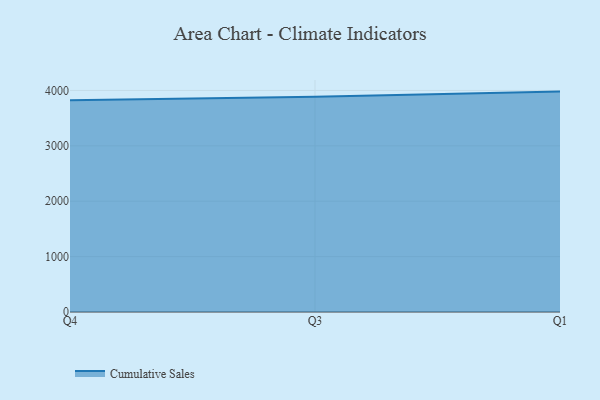
{"axis": {"x": "Quarter", "y": "Shipments"}, "legend": ["Cumulative Sales"], "data": [{"x": "Q4", "y": 3822.5, "type": "Cumulative Sales"}, {"x": "Q3", "y": 3885.7, "type": "Cumulative Sales"}, {"x": "Q1", "y": 3979.2, "type": "Cumulative Sales"}]}